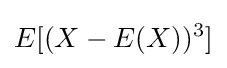
E[(X-E(X))^{3}]